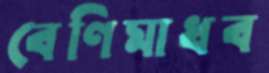
বেণিমাধব